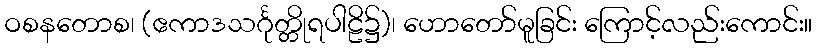
ဝစနတောစ၊ (ဧကာဒသင်္ဂုတ္တိုရပါဠိ၌)၊ ဟောတော်မူခြင်း ကြောင့်လည်းကောင်း။